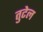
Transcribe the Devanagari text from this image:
तुटेल